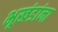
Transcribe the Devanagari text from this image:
भूखंडांना